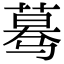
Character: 蓦